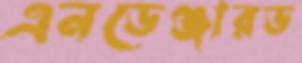
এনডেঞ্জারড